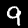
Label: 9